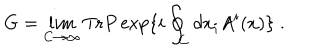
G = \lim _ { C \to \infty } \mathrm { T r } P \exp \{ i \oint _ { C } d x _ { i } A ^ { i } ( x ) \} \; .